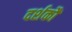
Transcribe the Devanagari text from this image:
दर्शकौं